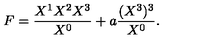
F = { \frac { X ^ { 1 } X ^ { 2 } X ^ { 3 } } { X ^ { 0 } } } + a { \frac { ( X ^ { 3 } ) ^ { 3 } } { X ^ { 0 } } } .